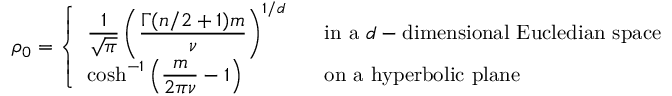
\rho _ { 0 } = \left\{ \begin{array} { l l } { \displaystyle \frac { 1 } { \sqrt { \pi } } \left( \frac { \Gamma ( n / 2 + 1 ) m } { \nu } \right) ^ { 1 / d } \; \; \; } & { \mathrm { i n ~ a ~ } d - \mathrm { d i m e n s i o n a l ~ E u c l e d i a n ~ s p a c e } \medskip } \\ { \displaystyle \cosh ^ { - 1 } \left( \frac { m } { 2 \pi \nu } - 1 \right) \; \; \; } & { \mathrm { o n ~ a ~ h y p e r b o l i c ~ p l a n e } } \end{array} \right.